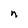
Character: n